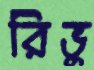
রিভু